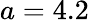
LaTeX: a=4.2